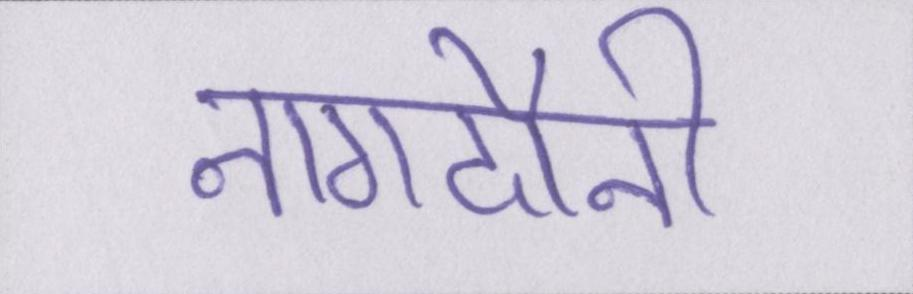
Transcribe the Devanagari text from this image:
नागदौनी